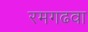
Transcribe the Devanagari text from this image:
रमगढवा